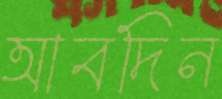
আবদিন